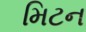
મિટન